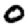
Digit: 0